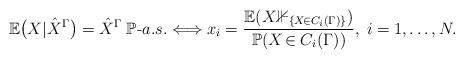
LaTeX: \begin{align*} \mathbb{E} \big(X \vert \hat{X}^{\Gamma} \big) =\hat{X}^{\Gamma} \; \mathbb P\mbox{-}a.s. \Longleftrightarrow x_i = \frac{\mathbb E(X\mathbb {1}_{\{X\!\in C_i(\Gamma)\}})}{\mathbb P(X\!\in C_i(\Gamma))},\; i=1,\ldots,N.\end{align*}